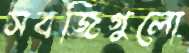
সবজিগুলো